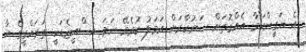
އެ ޔަގީންކަމާ އެއްގޮތަށް ސަރުކާރަށް އަމަލު ކުރެވޭ ނަމަ އެސްއީޒެޑަކީ ތަރައްގީގެ އާ